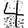
Digit: 4